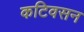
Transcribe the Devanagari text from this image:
कटिवसन